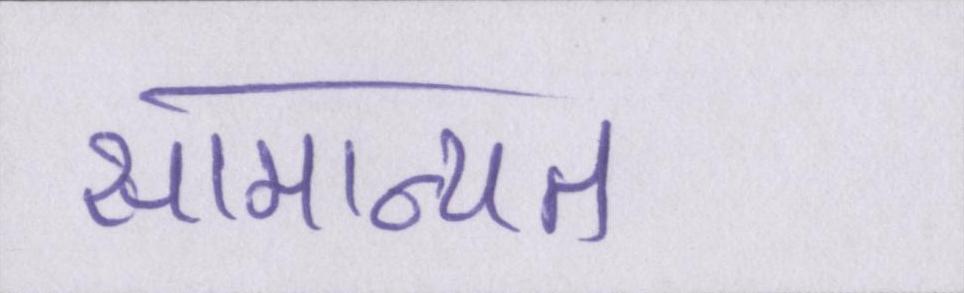
सामान्यत